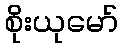
စိုးယုမော်